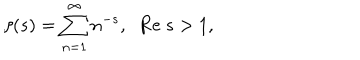
LaTeX: \zeta ( s ) = \sum _ { n = 1 } ^ { \infty } n ^ { - s } , \; \; \mathrm { R e } ~ s > 1 ,